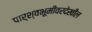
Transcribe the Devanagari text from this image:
पार्श्वभूमीवरदेखील